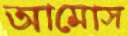
আমোস